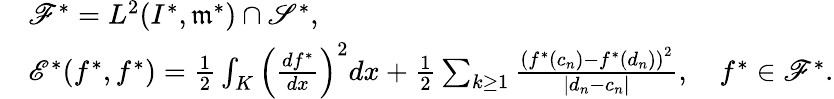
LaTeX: \begin{array}{rl}&{{\mathscr F}^{*}=L^{2}(I^{*},\mathfrak{m}^{*})\cap\mathscr{S}^{*},}\\ &{{\mathscr E}^{*}(f^{*},f^{*})=\frac{1}{2}\int_{K}\left(\frac{df^{*}}{dx}\right)^{2}dx+\frac{1}{2}\sum_{k\geq 1}\frac{\left(f^{*}(c_{n})-f^{*}(d_{n})\right)^{2}}{|d_{n}-c_{n}|},\quad f^{*}\in{\mathscr F}^{*}.}\end{array}